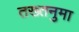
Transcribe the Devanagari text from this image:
तख्तनुमा